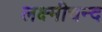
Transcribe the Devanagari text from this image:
लक्ष्मीचन्द